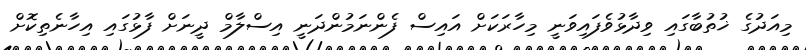
މިއަދުގެ ޚުތުބާގައި ވިދާޅުވެފައިވަނީ މިހާރަކަށް އައިސް ފެންނަމުންދަނީ އިސްލާމް ދީނަށް ފާޅުގައި އިހާނެތިކޮށް